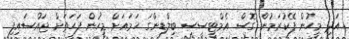
އަދި މީހުން ފޭކުރަމުން ގޮސް އެމްޓީސީސީ ބިލްޑިންގަ ހަމައަށް މީހުން ފަހަތަށް ޖައްސައިފި